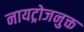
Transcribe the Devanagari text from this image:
नायट्रोजनुक्त